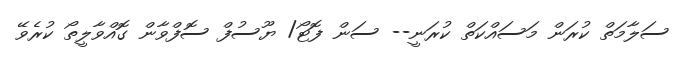
ސަލާމަތް ކުރަން މަސައްކަތް ކުރަނީ-- ސަން ފޮޓޯ/ ޔޫސުފް ސޮފްވާން ގޮއްވާލީތޯ ކުރެވޭ